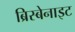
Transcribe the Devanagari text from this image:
ब्रिस्बेनाइट